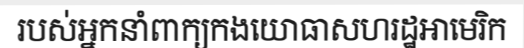
របស់អ្នកនាំពាក្យកងយោធាសហរដ្ឋអាមេរិក